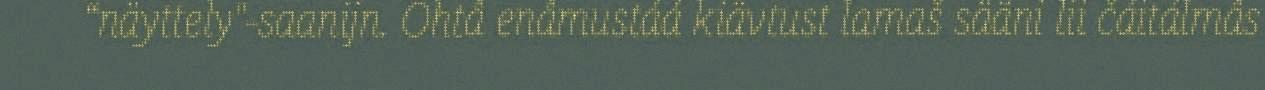
“näyttely"-saanijn. Ohtâ enâmustáá kiävtust lamaš sääni lii čáitálmâs